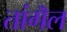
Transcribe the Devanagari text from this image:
तांगॆल